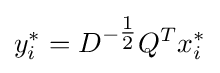
y_{i}^{*}=D^{-{\tfrac {1}{2}}}Q^{T}x_{i}^{*}